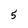
Character: 5